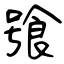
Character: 飸